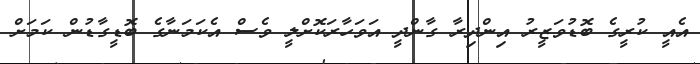
އެއީ ކުރީގެ ބޮޑުވަޒީރު އިންދިރާ ގާންދީ އަވަހާރަކޮށްލީ ވެސް އެކަމަނާގެ ބޮޑީގާޑުން ކަމަށް